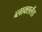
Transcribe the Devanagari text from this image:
ब्लाक्सलैंड